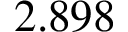
2 . 8 9 8